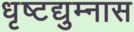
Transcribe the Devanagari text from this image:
धृष्टद्युम्नास